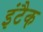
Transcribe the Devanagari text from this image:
इंटैक